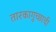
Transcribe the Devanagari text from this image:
तारकागुच्छाची